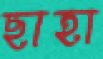
ছাহা